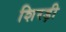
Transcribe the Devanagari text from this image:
शिरड़ी